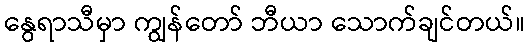
နွေရာသီမှာ ကျွန်တော် ဘီယာ သောက်ချင်တယ်။